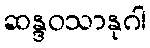
ဆန္ဒဝသာနုဂါ